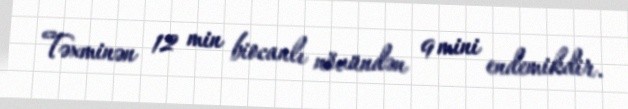
Təxminən 12 min biocanlı növündən 9 mini endemikdir.